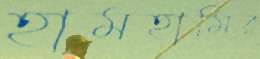
হামহামির